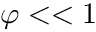
\varphi < < 1